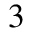
^ { 3 }